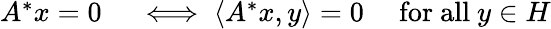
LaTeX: \begin{array}{rl}{A^{*}x=0}&{{}\iff\left\langle A^{*}x,y\right\rangle=0\quad{\mathrm{~for~all~}}y\in H}\end{array}